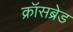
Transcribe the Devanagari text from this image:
क्रॉसब्रेड